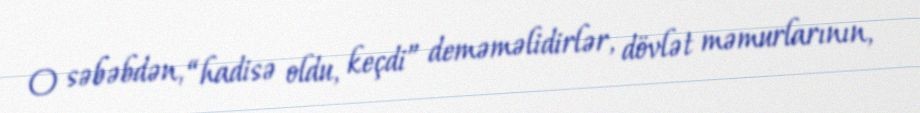
O səbəbdən, “hadisə oldu, keçdi” deməməlidirlər, dövlət məmurlarının,